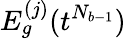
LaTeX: E_{g}^{(j)}(t^{N_{b-1}})